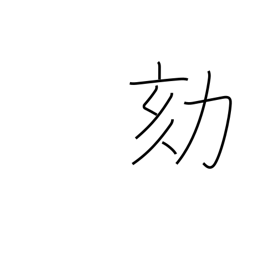
Meaning: criminal investigation